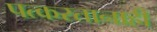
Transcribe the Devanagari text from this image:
पत्करतानाही